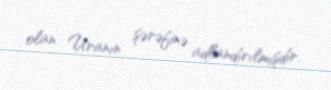
olan Uranın şərəfinə adlandırılmışdır.